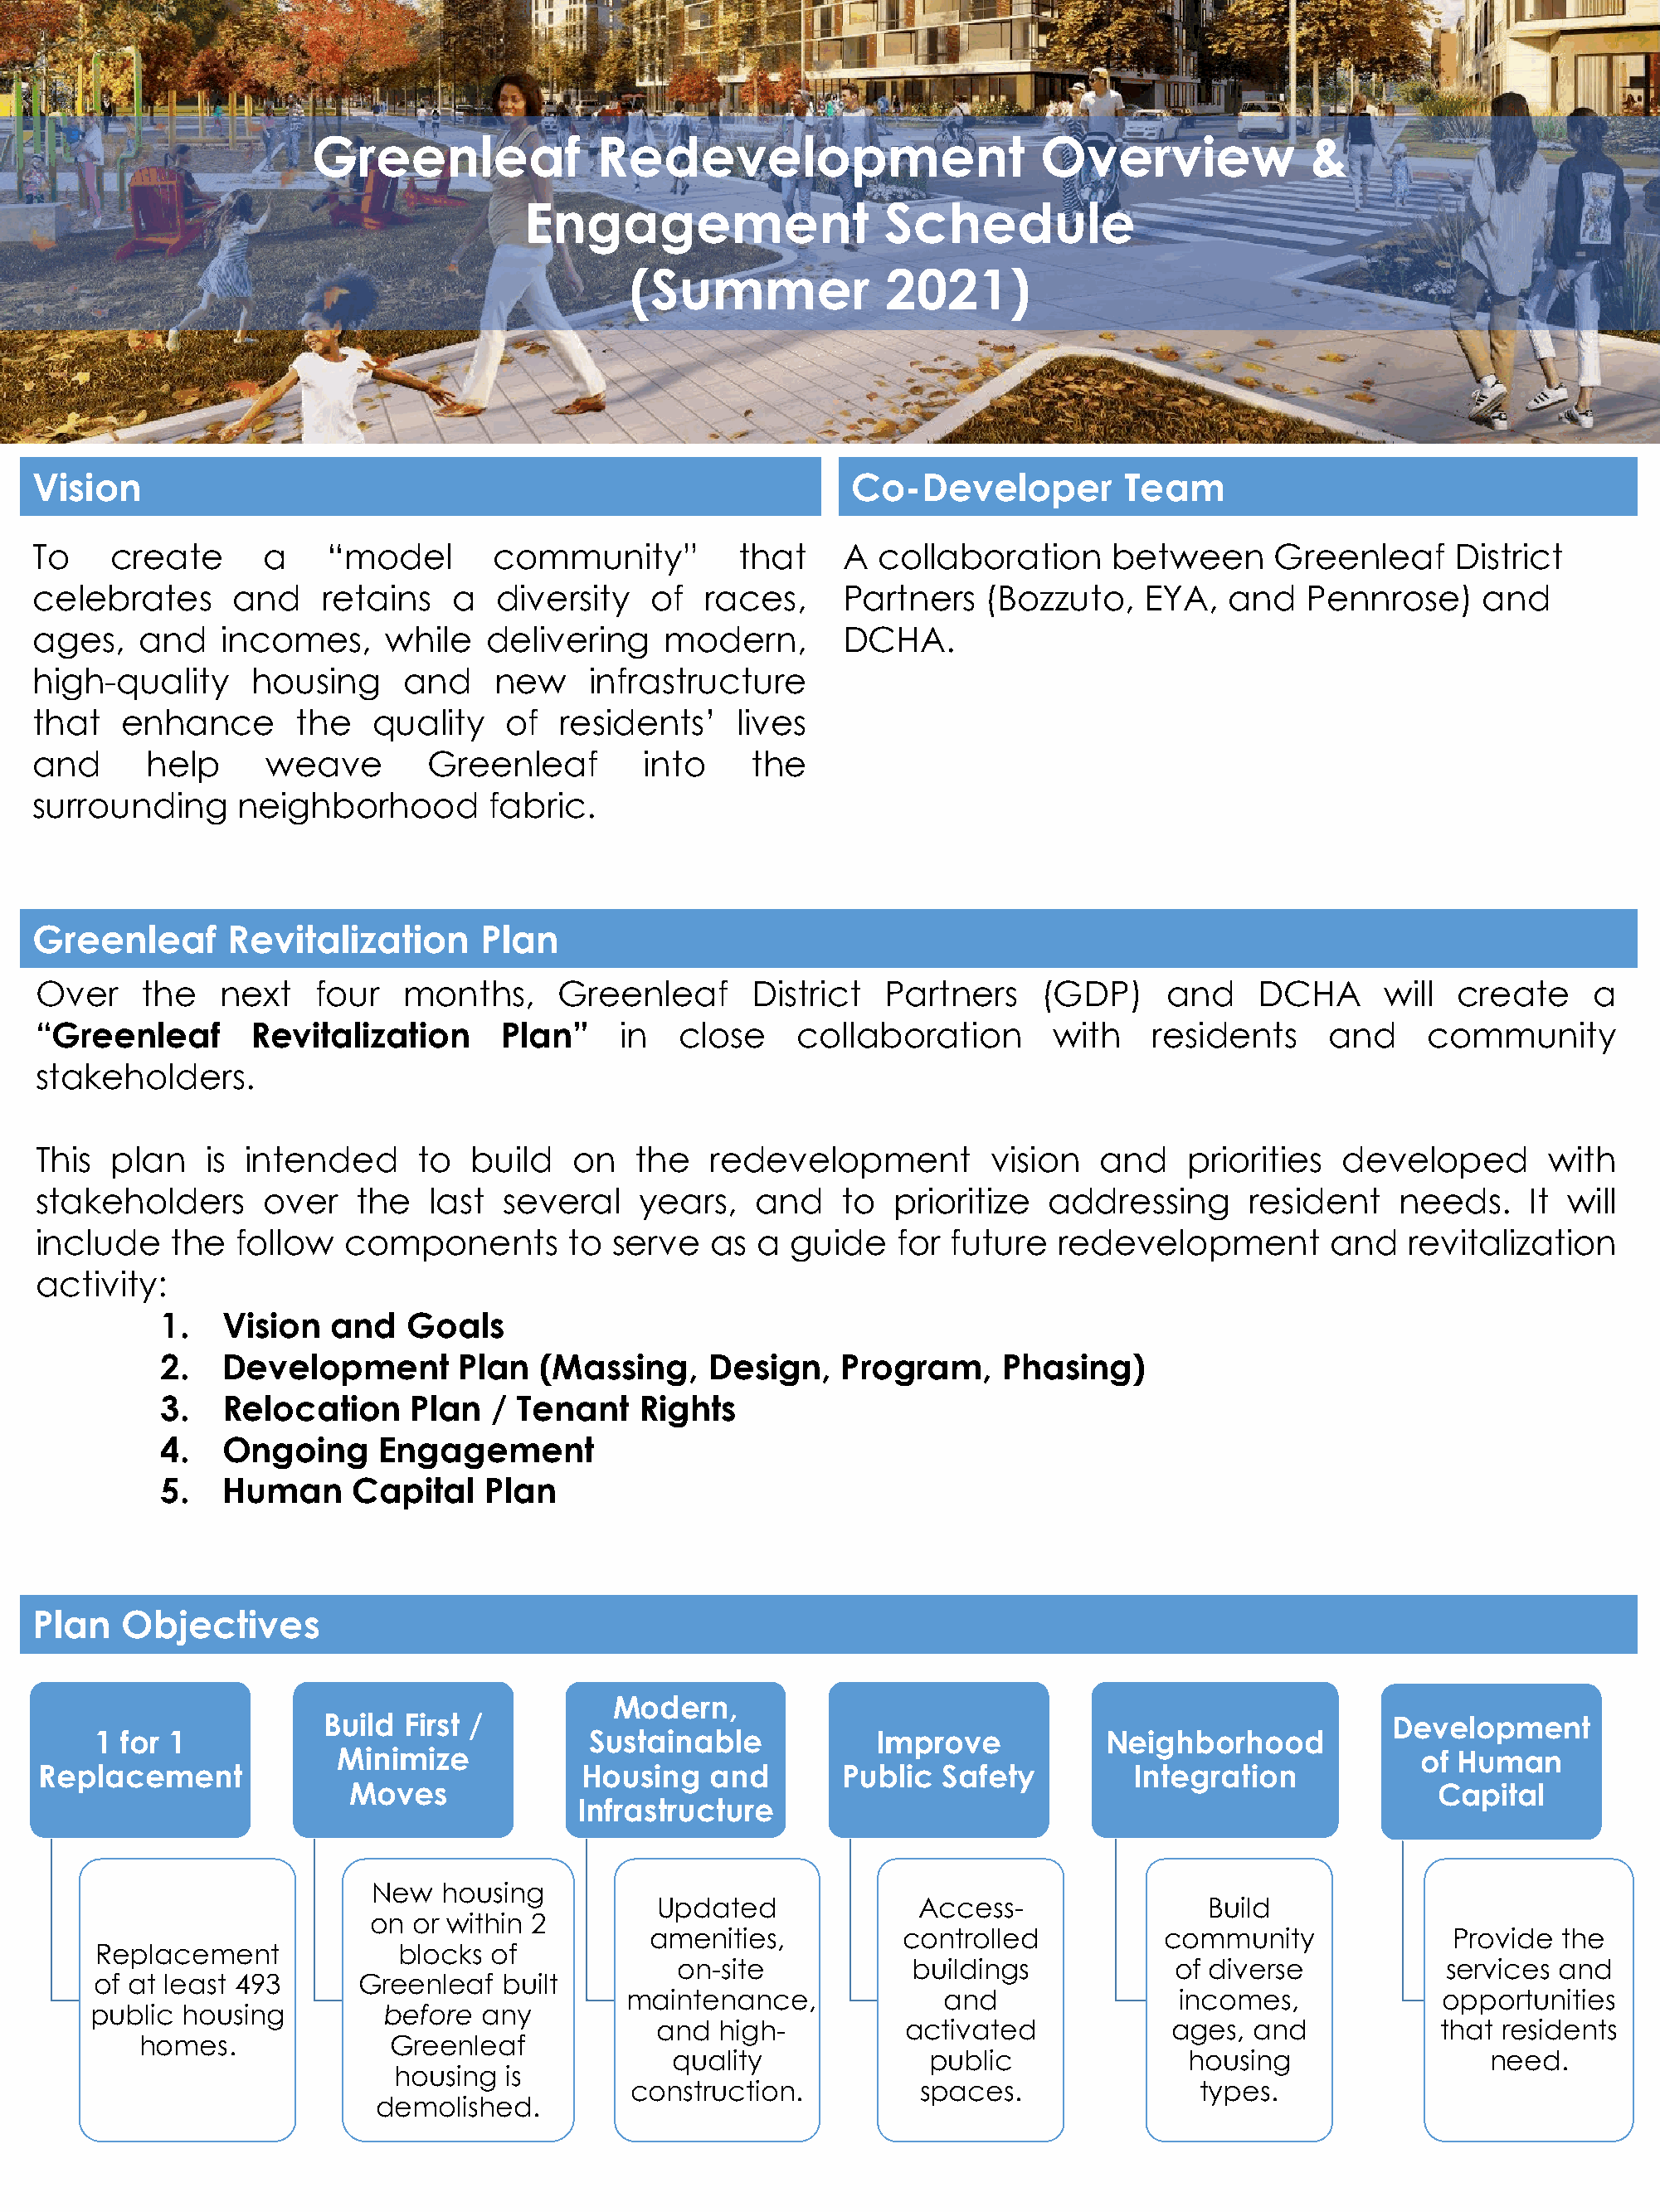
Greenleaf              Redevelopment                      Overview              &
 Engagement                   Schedule
 (Summer              2021)
 Vision                                                           Co-Developer          Team
 To    create      a    “model       community”          that    A  collaboration      between      Greenleaf     District
 celebrates      and    retains   a   diversity   of  races,     Partners    (Bozzuto,   EYA,   and   Pennrose)     and
 ages,   and    incomes,     while   delivering    modern,       DCHA.
 high-quality     housing     and    new     infrastructure
 that   enhance       the   quality   of   residents’    lives
 and      help     weave        Greenleaf        into     the
 surrounding     neighborhood        fabric.
 Greenleaf      Revitalization      Plan
 Over    the    next   four   months,     Greenleaf       District   Partners    (GDP)     and    DCHA      will  create     a
 “Greenleaf       Revitalization      Plan”    in   close     collaboration       with    residents     and     community
 stakeholders.
 This  plan   is  intended     to   build   on   the   redevelopment         vision   and    priorities  developed       with
 stakeholders      over   the   last  several    years,   and    to  prioritize   addressing      resident    needs.    It will
 include    the  follow  components        to  serve   as a  guide    for future  redevelopment         and   revitalization
 activity:
 1.   Vision  and   Goals
 2.   Development        Plan  (Massing,     Design,   Program,     Phasing)
 3.   Relocation     Plan  / Tenant    Rights
 4.   Ongoing     Engagement
 5.   Human     Capital    Plan
 Plan   Objectives
 Modern,
 Build First /                                                                        Development
 1 for 1                                Sustainable            Improve           Neighborhood
 Minimize                                                                              of Human
 Replacement                                Housing    and       Public  Safety         Integration
 Moves                                                                                  Capital
 Infrastructure
 New  housing
 Updated              Access-                Build
 on  or within 2
 amenities,          controlled           community              Provide  the
 Replacement             blocks of
 on-site            buildings            of diverse           services and
 of at least 493      Greenleaf  built
 maintenance,             and                incomes,             opportunities
 public housing          before any
 and  high-          activated            ages,  and            that residents
 homes.              Greenleaf
 quality             public               housing                 need.
 housing  is
 construction.          spaces.                types.
 demolished.